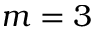
m = 3